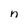
Character: n